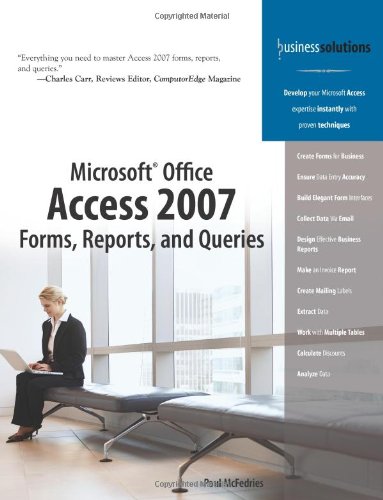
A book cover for Microsoft Office Access 2007 Forms, Reports, and Queries; Paul McFedries; Computers & Technology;